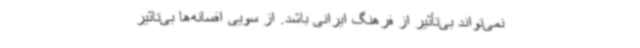
نمی‌تواند بی‌تأثیر از فرهنگ ایرانی باشد. از سویی افسانه‌ها بی‌تاثیر